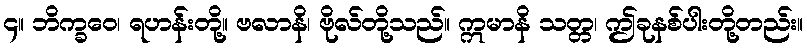
၄။ ဘိက္ခဝေ၊ ရဟန်းတို့။ ဗလာနိ၊ ဗိုလ်တို့သည်။ ဣမာနိ သတ္တ၊ ဤခုနစ်ပါးတို့တည်း။